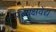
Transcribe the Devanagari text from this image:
प्रत्यक्षवेद्य